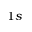
1 s